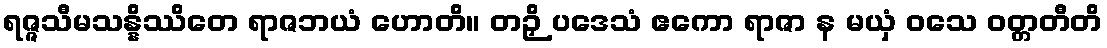
ရဇ္ဇသီမသန္နိဿိတေ ရာဇဘယံ ဟောတိ။ တဉှိ ပဒေသံ ဧကော ရာဇာ န မယှံ ဝသေ ဝတ္တတီတိ